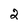
Character: 2